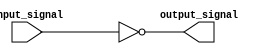
module open_drain_inverter (
  input wire input_signal,
  output reg output_signal
);

assign output_signal = ~input_signal;

endmodule